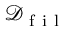
\mathcal { D } _ { \mathrm { ~ f ~ i ~ l ~ } }